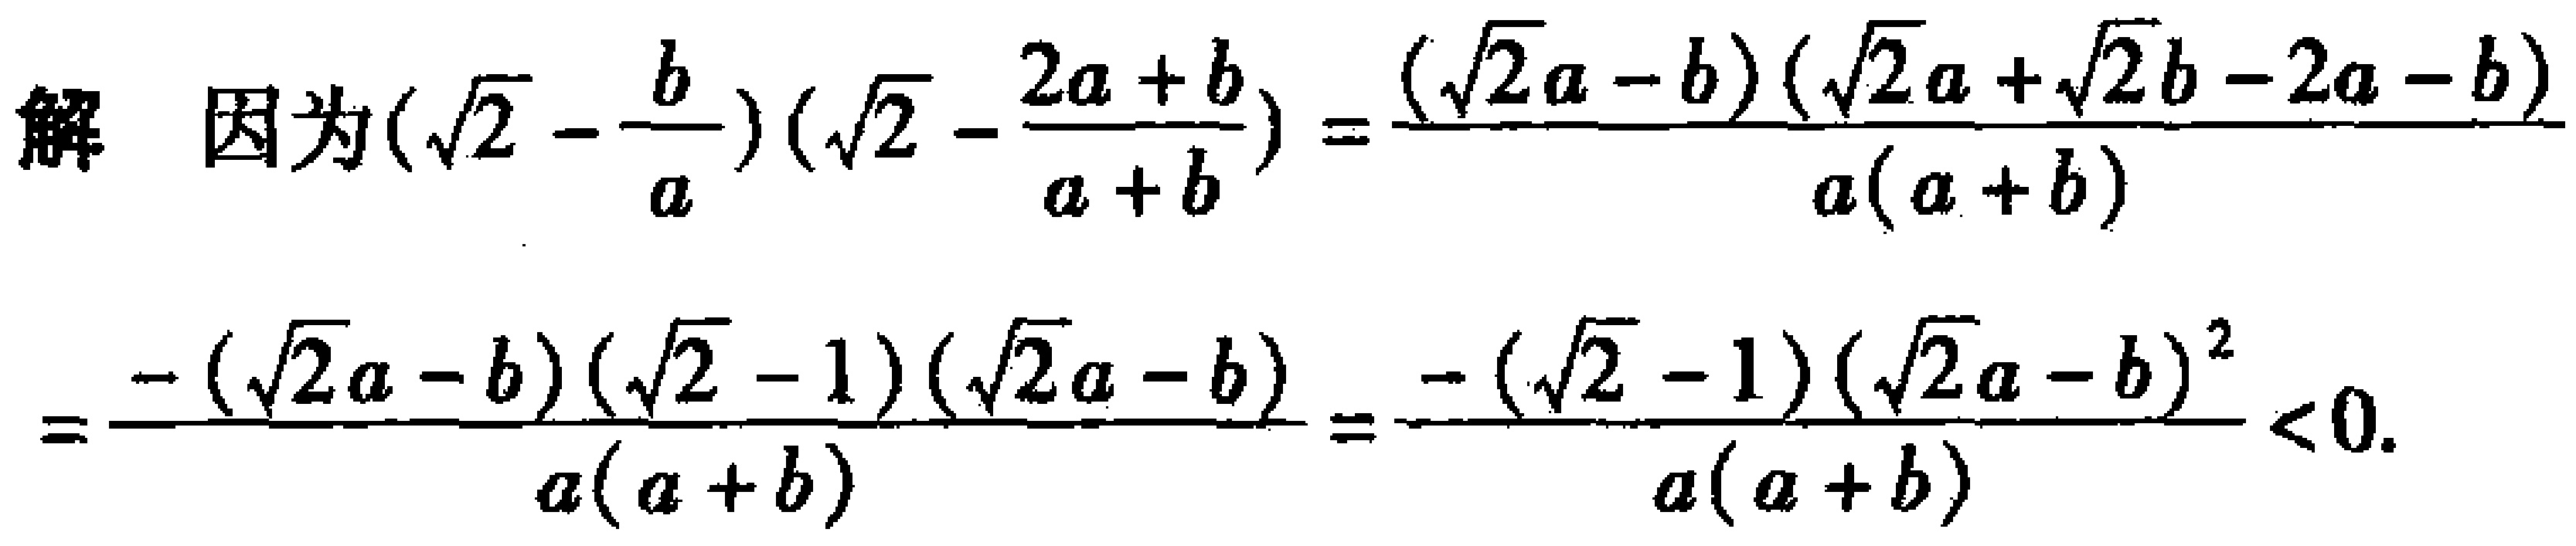
\[

\begin{align*}

\text{解}\quad&\text{因为}\left(\sqrt{2}-\frac{b}{a}\right)\left(\sqrt{2}-\frac{2a + b}{a + b}\right)=\frac{(\sqrt{2}a - b)(\sqrt{2}a+\sqrt{2}b - 2a - b)}{a(a + b)}\\

&=\frac{-(\sqrt{2}a - b)(\sqrt{2}-1)(\sqrt{2}a - b)}{a(a + b)}=\frac{-(\sqrt{2}-1)(\sqrt{2}a - b)^2}{a(a + b)}<0.

\end{align*}

\]